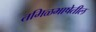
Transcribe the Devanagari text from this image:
तमिळभाषेतील